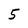
Character: 5